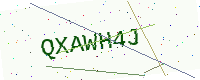
Text: QXAWH4J